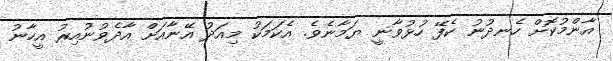
އާންމުކޮށް ހެނދުނު ކެފޭ ހުޅުވާނީ ޔަމާނެވެ. އެކަމަކު މިއަދު އޭނާއަށް އާދެވުނުއިރު އީހާނު